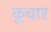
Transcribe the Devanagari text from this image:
कूचार